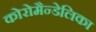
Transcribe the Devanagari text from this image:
कोरोमैन्डेलिका